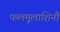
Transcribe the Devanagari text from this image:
फलमूलाशिनौ